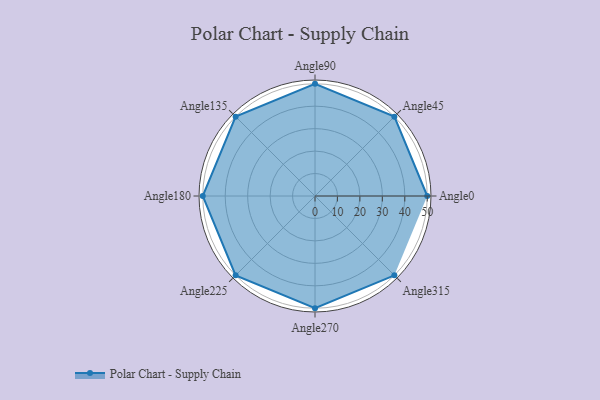
{"axis": {"x": "Angle", "y": "Radius"}, "legend": [""], "data": [{"x": "Angle0", "y": 50, "type": ""}, {"x": "Angle45", "y": 50, "type": ""}, {"x": "Angle90", "y": 50, "type": ""}, {"x": "Angle135", "y": 50, "type": ""}, {"x": "Angle180", "y": 50, "type": ""}, {"x": "Angle225", "y": 50, "type": ""}, {"x": "Angle270", "y": 50, "type": ""}, {"x": "Angle315", "y": 50, "type": ""}]}